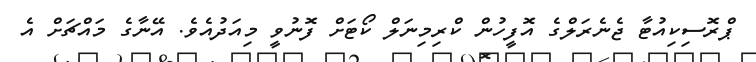
ޕްރޮސިކިއުޓާ ޖެނެރަލްގެ އޮފީހުން ކްރިމިނަލް ކޯޓަށް ފޮނުވީ މިއަދުއެވެ. އޭނާގެ މައްޗަށް އެ